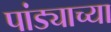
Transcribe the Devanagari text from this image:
पांड्याच्या